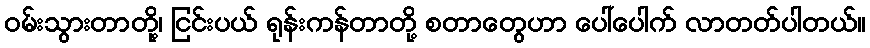
ဝမ်းသွားတာတို့၊ ငြင်းပယ် ရုန်းကန်တာတို့ စတာတွေဟာ ပေါ်ပေါက် လာတတ်ပါတယ်။